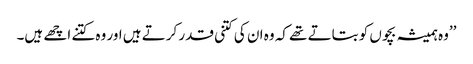
’’وہ ہمیشہ بچوں کو بتاتے تھے کہ وہ ان کی کتنی قدر کرتے ہیں اور وہ کتنے اچھے ہیں۔